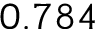
0 . 7 8 4